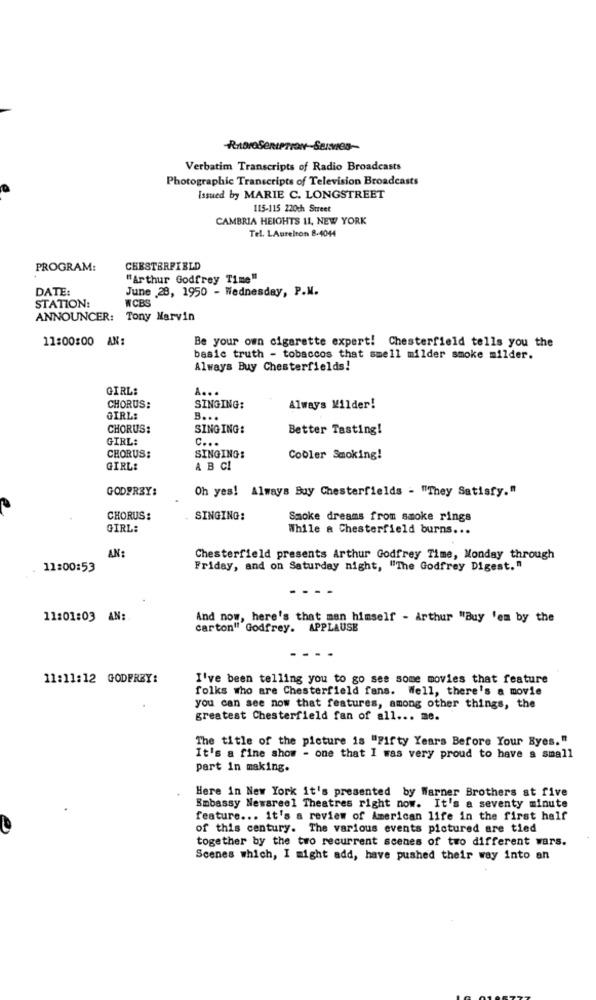
Verbatim Transcripts of Radio Broadcasts
Photographic Transcripts of Television Broadcasts
Issued by MARIE C. LONGSTREET
115-115 220ch Street
CAMBRIA HEIGHTS 11, NEW YORK
Tel. LAurelton 8-4044
PROGRAM:
CHESTERFIELD
"Arthur Godfrey Time"
DATE:
June 28, 1950 - Wednesday, P.M.
WCBS
STATION:
ANNOUNCER: Tony Marvin
11:00:00 AN:
Be your own cigarette expert! Chesterfield tells you the
basic truth - tobaccos that smell milder smoke milder.
Always Buy Chesterfields!
GIRL:
A ...
CHORUS:
SINGING:
Always Milder!
GIRL:
B ...
CHORUS:
SINGING:
Better Tasting!
GIRL:
c ...
CHORUS:
SINGING:
Cobler Smoking!
GIRL:
A B CI
GODFREY:
Oh yes! Always Buy Chesterfields - "They Satisfy."
CHORUS:
SINGING:
Smoke dreams from smoke rings
GIRL:
While a Chesterfield burns ...
AN:
Chesterfield presents Arthur Godfrey Time, Monday through
11:00:53
Friday, and on Saturday night, "The Godfrey Digest. "
11:01:03 AN:
And now, here's that man himself - Arthur "Buy 'em by the
carton" Godfrey. APPLAUSE
...
11:11:12 GODFREY:
I've been telling you to go ses some movies that feature
folks who are Chesterfield fans. Well, there's a movie
you can see now that features, among other things, the
greatest Chesterfield fan of all ... me.
The title of the picture is "Fifty Years Before Your Eyes."
It's a fine show - one that I was very proud to have a small
part in making.
Here in New York it's presented by Warner Brothers at five
Embassy Newsreel Theatres right now. It's a seventy minute
feature ... it's a review of American life in the first half
of this century. The various events pictured are tied
together by the two recurrent scenes of two different wars.
Scenes which, I might add, have pushed their way into an